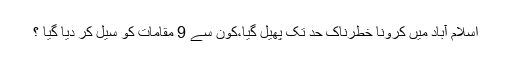
اسلام آباد میں کرونا خطرناک حد تک پھیل گیا،کون سے 9 مقامات کو سیل کر دیا گیا ؟